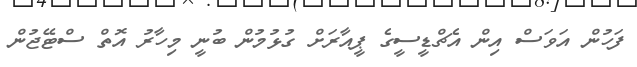
ފަހުން އަވަސް އިން އެޗްޑީސީގެ ޕީއާރަށް ގުޅުމުން ބުނީ މިހާރު އޮތް ސްޓޭޖުން